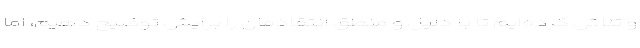
و تلاش کرده‌ایم تا با دلیل و منطق انتقادمان را برایش توضیح دهیم، اما